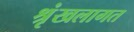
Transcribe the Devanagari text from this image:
श्रृंखलागत